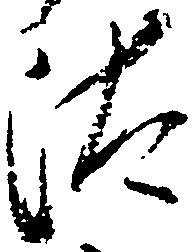
汰